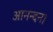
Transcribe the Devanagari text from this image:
आनन्दन।